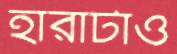
হারাটাও